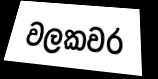
වලකවර